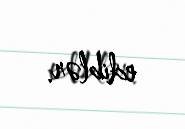
ediblər.